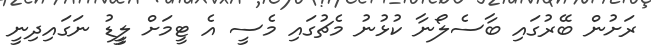
ރަށުން ބޭރުގައި ބާސެލޯނާ ކުޅުނު މެޗުގައި މެސީ އެ ޓީމަށް ލީީޑު ނަގައިދިނީ